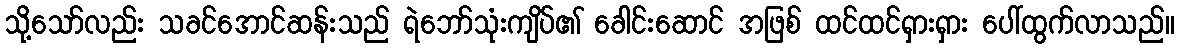
သို့သော်လည်း သခင်အောင်ဆန်းသည် ရဲဘော်သုံးကျိပ်၏ ခေါင်းဆောင် အဖြစ် ထင်ထင်ရှားရှား ပေါ်ထွက်လာသည်။